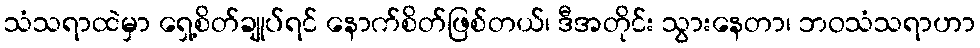
သံသရာထဲမှာ ရှေ့စိတ်ချုပ်ရင် နောက်စိတ်ဖြစ်တယ်၊ ဒီအတိုင်း သွားနေတာ၊ ဘဝသံသရာဟာ